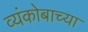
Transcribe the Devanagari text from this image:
व्यंकोबाच्या